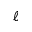
\ell